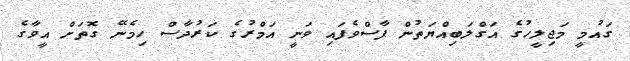
ގައުމީ މަޖިލީހުގެ އަގްލަބިއްޔަތުން ފާސްވެފައި ވަނީ އަމްރުގެ ކަރުދާސް ހިމެނޭ ގޮތަށް އީވާގެ